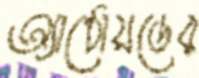
অ্যান্ড্রোয়ডের